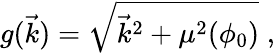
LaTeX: g(\vec{k})=\sqrt{{\vec{k}}^{2}+\mu^{2}(\phi_{0})}\; ,